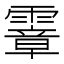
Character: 𩅈